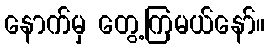
နောက်မှ တွေ့ကြမယ်နော်။